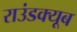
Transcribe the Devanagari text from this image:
राउंडक्यूब